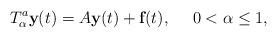
LaTeX: \begin{align*} T_\alpha ^a \textbf{y}(t)=A\textbf{y}(t)+\textbf{f}(t),~~~~0<\alpha \leq 1,\end{align*}